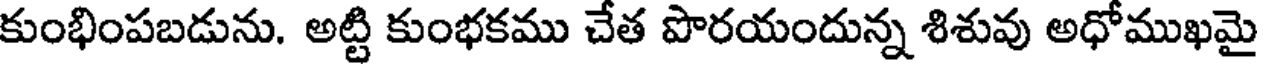
కుంభింపబడును. అట్టి కుంభకము చేత పొరయందున్న శిశువు అధోముఖమై